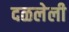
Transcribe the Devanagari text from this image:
दळलेली